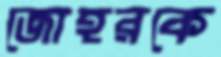
জোহরকে